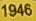
1946